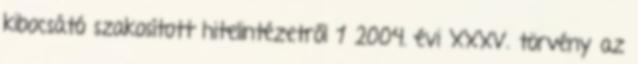
kibocsátó szakosított hitelintézetről 1 2004. évi XXXV. törvény az